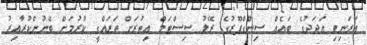
އަރަނިވި އަދަދުގެ ބައެއް ސިންގްޕޫރުގެ ރޭލު ސިސްޓަމް އިތުރަށް ތަރައްގީ ކުރުމަށް ބޭނުންކުރާއިރު